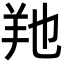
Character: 𦍔